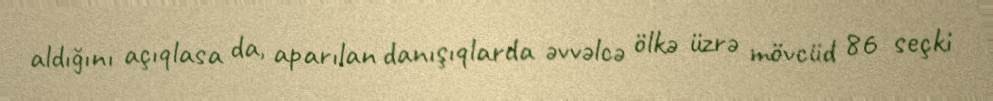
aldığını açıqlasa da, aparılan danışıqlarda əvvəlcə ölkə üzrə mövcüd 86 seçki